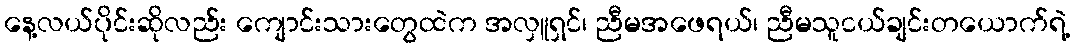
နေ့လယ်ပိုင်းဆိုလည်း ကျောင်းသားတွေထဲက အလှူရှင်၊ ညီမအဖေရယ်၊ ညီမသူငယ်ချင်းတယောက်ရဲ့